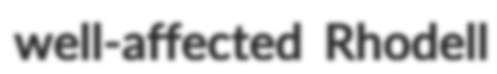
well-affected Rhodell